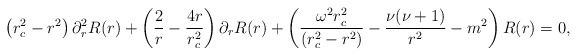
\begin{align*} \left(r_{c}^2 - r^2 \right) \partial_{r}^2 R(r) + \left(\frac{2}{r} - \frac{4r}{r_{c}^2} \right) \partial_{r} R(r) +\left(\frac{\omega^2 r_{c}^2}{(r_{c}^2 - r^2)} - \frac{\nu(\nu+1)}{r^2} - m^2\right) R(r) =0,\end{align*}